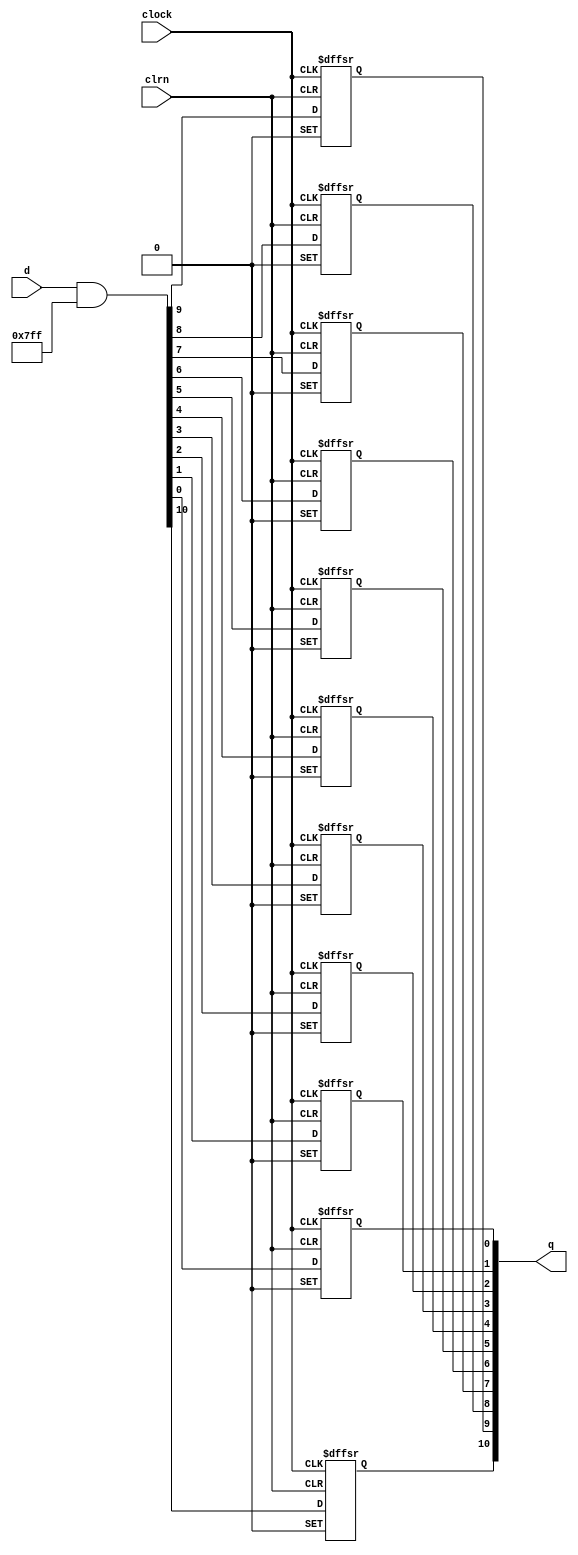
module  fifo_2k_dffpipe_ab3
	( 
	clock,
	clrn,
	d,
	q) 
		;
	input   clock;
	input   clrn;
	input   [10:0]  d;
	output   [10:0]  q;
	wire	[10:0]	wire_dffe4a_D;
	reg	[10:0]	dffe4a;
	wire ena;
	wire prn;
	wire sclr;
	initial
		dffe4a[0:0] = 0;
	always @ ( posedge clock or  negedge prn or  negedge clrn)
		if (prn == 1'b0) dffe4a[0:0] <= 1'b1;
		else if (clrn == 1'b0) dffe4a[0:0] <= 1'b0;
		else if  (ena == 1'b1)   dffe4a[0:0] <= wire_dffe4a_D[0:0];
	initial
		dffe4a[1:1] = 0;
	always @ ( posedge clock or  negedge prn or  negedge clrn)
		if (prn == 1'b0) dffe4a[1:1] <= 1'b1;
		else if (clrn == 1'b0) dffe4a[1:1] <= 1'b0;
		else if  (ena == 1'b1)   dffe4a[1:1] <= wire_dffe4a_D[1:1];
	initial
		dffe4a[2:2] = 0;
	always @ ( posedge clock or  negedge prn or  negedge clrn)
		if (prn == 1'b0) dffe4a[2:2] <= 1'b1;
		else if (clrn == 1'b0) dffe4a[2:2] <= 1'b0;
		else if  (ena == 1'b1)   dffe4a[2:2] <= wire_dffe4a_D[2:2];
	initial
		dffe4a[3:3] = 0;
	always @ ( posedge clock or  negedge prn or  negedge clrn)
		if (prn == 1'b0) dffe4a[3:3] <= 1'b1;
		else if (clrn == 1'b0) dffe4a[3:3] <= 1'b0;
		else if  (ena == 1'b1)   dffe4a[3:3] <= wire_dffe4a_D[3:3];
	initial
		dffe4a[4:4] = 0;
	always @ ( posedge clock or  negedge prn or  negedge clrn)
		if (prn == 1'b0) dffe4a[4:4] <= 1'b1;
		else if (clrn == 1'b0) dffe4a[4:4] <= 1'b0;
		else if  (ena == 1'b1)   dffe4a[4:4] <= wire_dffe4a_D[4:4];
	initial
		dffe4a[5:5] = 0;
	always @ ( posedge clock or  negedge prn or  negedge clrn)
		if (prn == 1'b0) dffe4a[5:5] <= 1'b1;
		else if (clrn == 1'b0) dffe4a[5:5] <= 1'b0;
		else if  (ena == 1'b1)   dffe4a[5:5] <= wire_dffe4a_D[5:5];
	initial
		dffe4a[6:6] = 0;
	always @ ( posedge clock or  negedge prn or  negedge clrn)
		if (prn == 1'b0) dffe4a[6:6] <= 1'b1;
		else if (clrn == 1'b0) dffe4a[6:6] <= 1'b0;
		else if  (ena == 1'b1)   dffe4a[6:6] <= wire_dffe4a_D[6:6];
	initial
		dffe4a[7:7] = 0;
	always @ ( posedge clock or  negedge prn or  negedge clrn)
		if (prn == 1'b0) dffe4a[7:7] <= 1'b1;
		else if (clrn == 1'b0) dffe4a[7:7] <= 1'b0;
		else if  (ena == 1'b1)   dffe4a[7:7] <= wire_dffe4a_D[7:7];
	initial
		dffe4a[8:8] = 0;
	always @ ( posedge clock or  negedge prn or  negedge clrn)
		if (prn == 1'b0) dffe4a[8:8] <= 1'b1;
		else if (clrn == 1'b0) dffe4a[8:8] <= 1'b0;
		else if  (ena == 1'b1)   dffe4a[8:8] <= wire_dffe4a_D[8:8];
	initial
		dffe4a[9:9] = 0;
	always @ ( posedge clock or  negedge prn or  negedge clrn)
		if (prn == 1'b0) dffe4a[9:9] <= 1'b1;
		else if (clrn == 1'b0) dffe4a[9:9] <= 1'b0;
		else if  (ena == 1'b1)   dffe4a[9:9] <= wire_dffe4a_D[9:9];
	initial
		dffe4a[10:10] = 0;
	always @ ( posedge clock or  negedge prn or  negedge clrn)
		if (prn == 1'b0) dffe4a[10:10] <= 1'b1;
		else if (clrn == 1'b0) dffe4a[10:10] <= 1'b0;
		else if  (ena == 1'b1)   dffe4a[10:10] <= wire_dffe4a_D[10:10];
	assign
		wire_dffe4a_D = (d & {11{(~ sclr)}});
	assign
		ena = 1'b1,
		prn = 1'b1,
		q = dffe4a,
		sclr = 1'b0;
endmodule